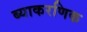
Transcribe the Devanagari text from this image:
ब्याकरणिक